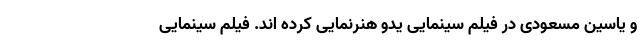
و یاسین مسعودی در فیلم سینمایی یدو هنرنمایی کرده اند. فیلم سینمایی